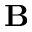
\textbf { B }